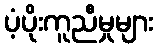
ပံ့ပိုးကူညီမှုများ